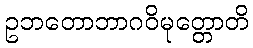
ဥဘတောဘာဂဝိမုတ္တောတိ